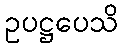
ဥပဋ္ဌပေသိ